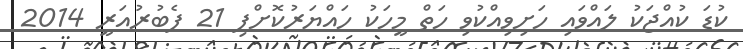
ކުޑަ ކުއްޖަކު ލައްވައި ހަށިވިއްކުވި ހަތް މީހަކު ހައްޔަރުކޮށްފި 21 ފެބުރުއަރީ 2014